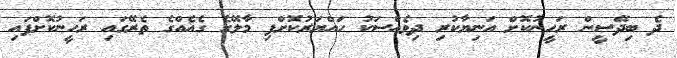
ދެ ބިދޭސީން ރަހީނުކޮށް އަނިޔާކުރި ދިވެއްސަކު ހައްޔަރުކޮށްފި މާލޭގެ ގެއެއްގެ ތެރޭގައި ރަހީނުކޮށްފައި